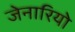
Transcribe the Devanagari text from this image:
जेनारियो